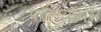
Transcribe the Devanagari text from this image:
पॉलियांथेस